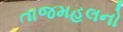
તાજમહલનો